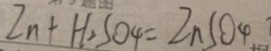
Z n + H _ { 2 } S O _ { 4 } = Z n S O _ { 4 }